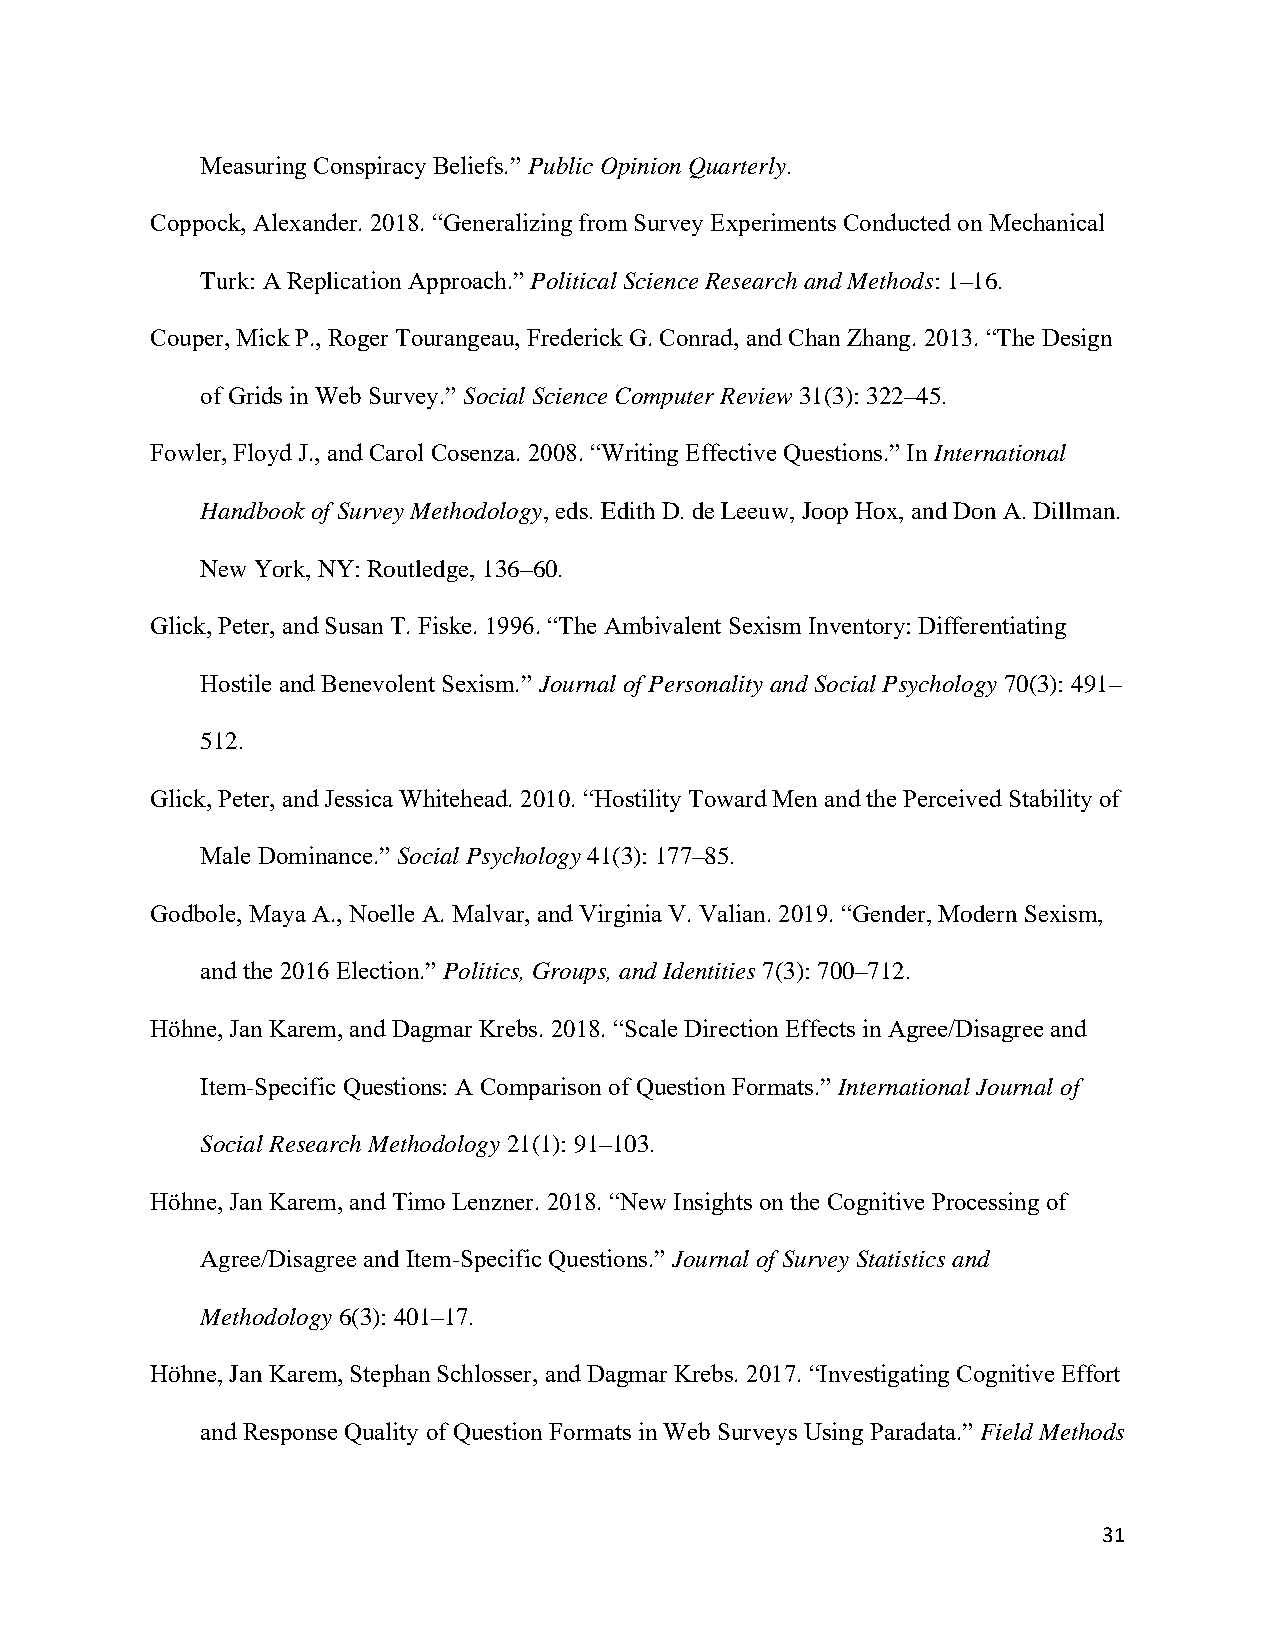
Measuring Conspiracy Beliefs.” Public Opinion Quarterly.
 Coppock, Alexander. 2018. “Generalizing from Survey Experiments Conducted on Mechanical
 Turk: A Replication Approach.” Political Science Research and Methods: 1–16.
 Couper, Mick P., Roger Tourangeau, Frederick G. Conrad, and Chan Zhang. 2013. “The Design
 of Grids in Web Survey.” Social Science Computer Review 31(3): 322–45.
 Fowler, Floyd J., and Carol Cosenza. 2008. “Writing Effective Questions.” In International
 Handbook of Survey Methodology, eds. Edith D. de Leeuw, Joop Hox, and Don A. Dillman.
 New York, NY: Routledge, 136–60.
 Glick, Peter, and Susan T. Fiske. 1996. “The Ambivalent Sexism Inventory: Differentiating
 Hostile and Benevolent Sexism.” Journal of Personality and Social Psychology 70(3): 491–
 512.
 Glick, Peter, and Jessica Whitehead. 2010. “Hostility Toward Men and the Perceived Stability of
 Male Dominance.” Social Psychology 41(3): 177–85.
 Godbole, Maya A., Noelle A. Malvar, and Virginia V. Valian. 2019. “Gender, Modern Sexism,
 and the 2016 Election.” Politics, Groups, and Identities 7(3): 700–712.
 Höhne, Jan Karem, and Dagmar Krebs. 2018. “Scale Direction Effects in Agree/Disagree and
 Item-Specific Questions: A Comparison of Question Formats.” International Journal of
 Social Research Methodology 21(1): 91–103.
 Höhne, Jan Karem, and Timo Lenzner. 2018. “New Insights on the Cognitive Processing of
 Agree/Disagree and Item-Specific Questions.” Journal of Survey Statistics and
 Methodology 6(3): 401–17.
 Höhne, Jan Karem, Stephan Schlosser, and Dagmar Krebs. 2017. “Investigating Cognitive Effort
 and Response Quality of Question Formats in Web Surveys Using Paradata.” Field Methods
 31